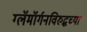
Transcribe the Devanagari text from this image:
ग्लॅमॉर्गनविरुद्धच्या